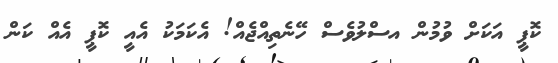
ކޮޕީ އަކަށް ވުމުން އސްލުވެސް ހޭނެތިއްޖެއް! އެކަމަކު އެއީ ކޮޕީ އެއް ކަން